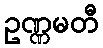
ဥဏ္ဏမတီ